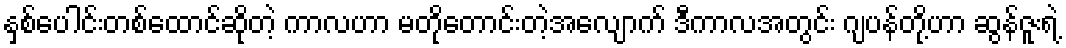
နှစ်ပေါင်းတစ်ထောင်ဆိုတဲ့ ကာလဟာ မတိုတောင်းတဲ့အလျောက် ဒီကာလအတွင်း ဂျပန်တို့ဟာ ဆွန်ဇူးရဲ့